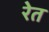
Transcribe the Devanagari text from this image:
रेेत